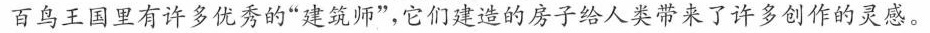
百鸟王国里有许多优秀的”建筑师”，它们建造的房子给人类带来了许多创作的灵感。